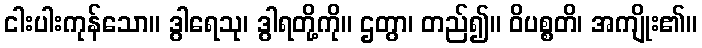
ငါးပါးကုန်သော။ ဒွါရေသု၊ ဒွါရတို့ကို။ ဌတွာ၊ တည်၍။ ဝိပစ္စတိ၊ အကျိုး၏။